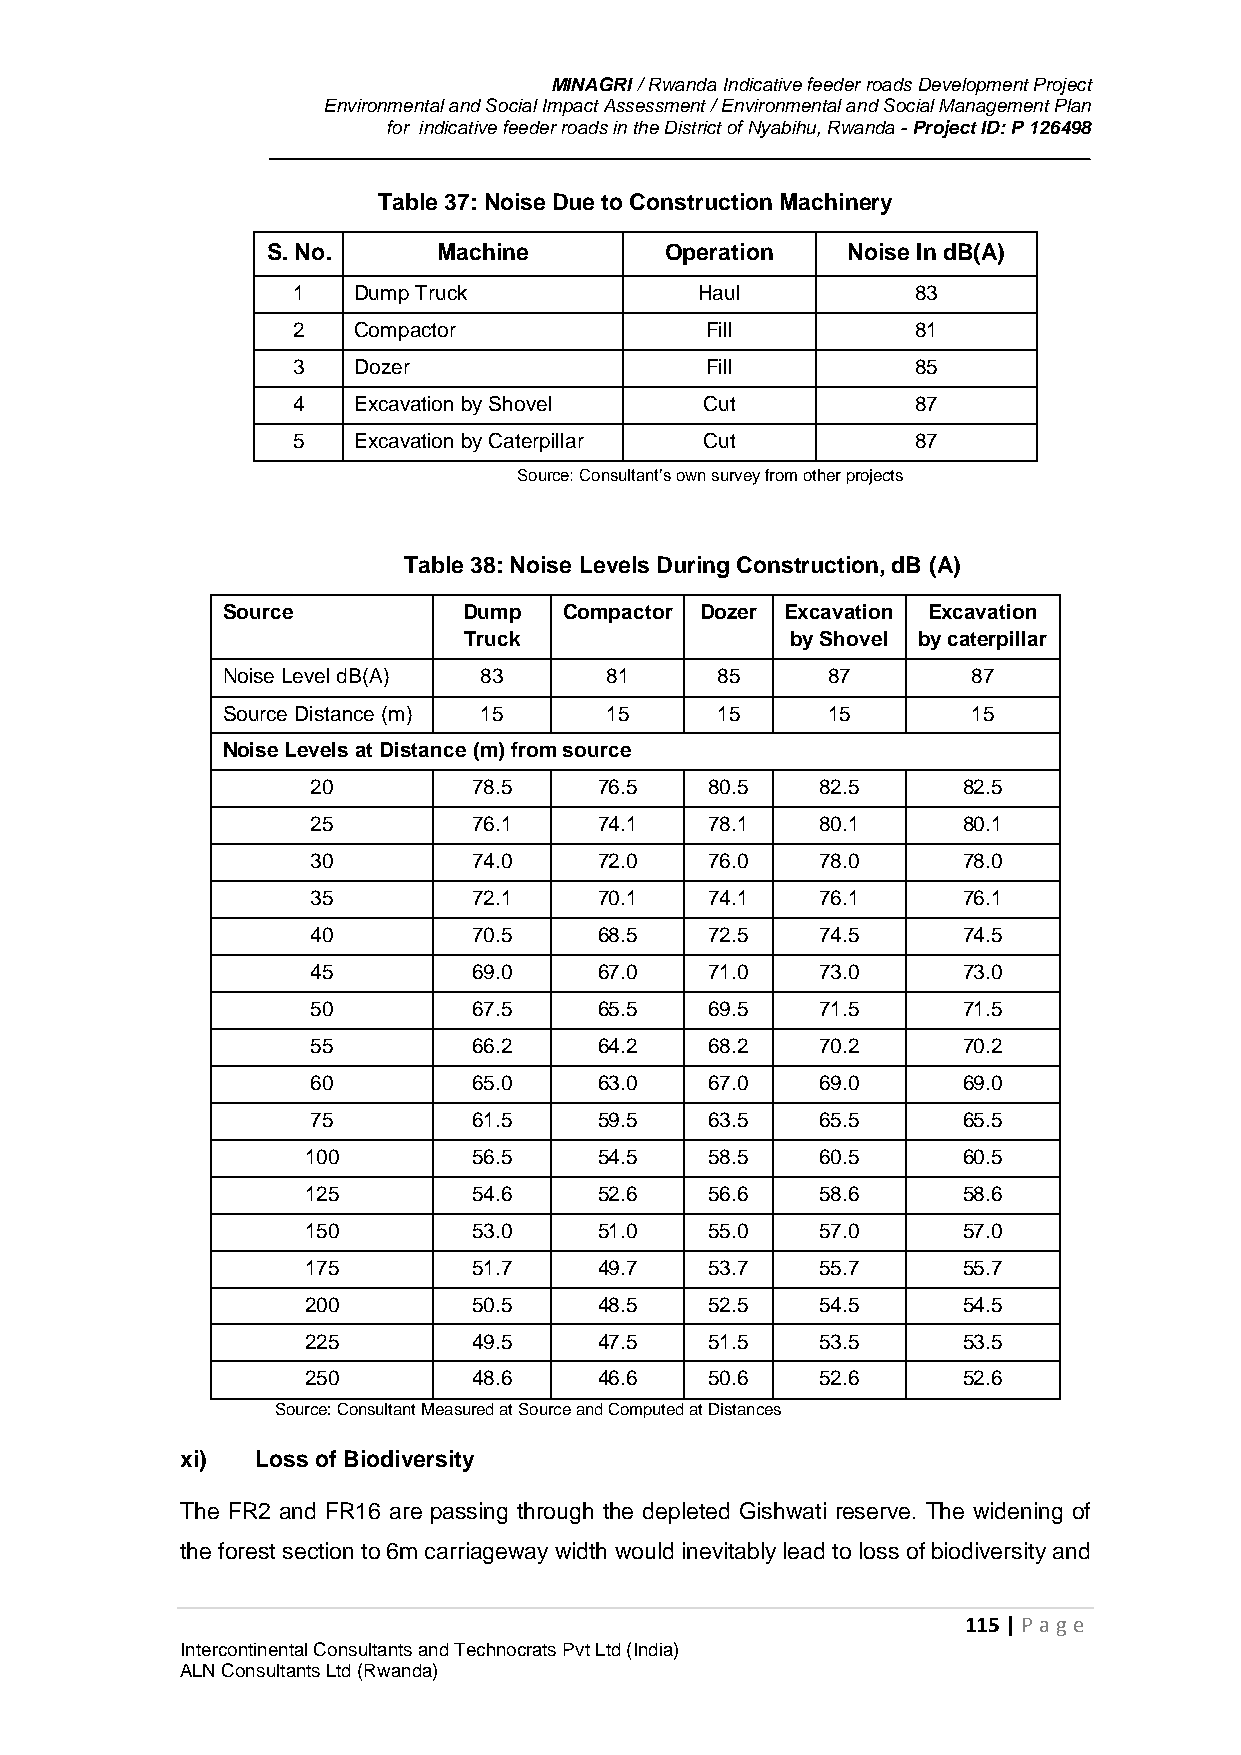
MINAGRI / Rwanda Indicative feeder roads Development Project
 Environmental and Social Impact Assessment / Environmental and Social Management Plan
 for indicative feeder roads in the District of Nyabihu, Rwanda - Project ID: P 126498
 Table 37: Noise Due to Construction Machinery
 S. No.     Machine        Operation   Noise In dB(A)
 1   Dump Truck             Haul           83
 2   Compactor               Fill          81
 3   Dozer                   Fill          85
 4   Excavation by Shovel    Cut           87
 5   Excavation by Caterpillar Cut         87
 Source: Consultant’s own survey from other projects
 Table 38: Noise Levels During Construction, dB (A)
 Source          Dump  Compactor Dozer Excavation Excavation
 Truck                by Shovel by caterpillar
 Noise Level dB(A) 83     81     85      87       87
 Source Distance (m) 15   15     15      15       15
 Noise Levels at Distance (m) from source
 20        78.5     76.5   80.5   82.5      82.5
 25        76.1     74.1   78.1   80.1      80.1
 30        74.0     72.0   76.0   78.0      78.0
 35        72.1     70.1   74.1   76.1      76.1
 40        70.5     68.5   72.5   74.5      74.5
 45        69.0     67.0   71.0   73.0      73.0
 50        67.5     65.5   69.5   71.5      71.5
 55        66.2     64.2   68.2   70.2      70.2
 60        65.0     63.0   67.0   69.0      69.0
 75        61.5     59.5   63.5   65.5      65.5
 100        56.5     54.5   58.5   60.5      60.5
 125        54.6     52.6   56.6   58.6      58.6
 150        53.0     51.0   55.0   57.0      57.0
 175        51.7     49.7   53.7   55.7      55.7
 200        50.5     48.5   52.5   54.5      54.5
 225        49.5     47.5   51.5   53.5      53.5
 250        48.6     46.6   50.6   52.6      52.6
 Source: Consultant Measured at Source and Computed at Distances
 xi)  Loss of Biodiversity
 The FR2 and FR16 are passing through the depleted Gishwati reserve. The widening of
 the forest section to 6m carriageway width would inevitably lead to loss of biodiversity and
 115 | P age
 Intercontinental Consultants and Technocrats Pvt Ltd (India)
 ALN Consultants Ltd (Rwanda)